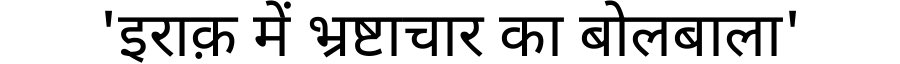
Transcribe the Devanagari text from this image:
'इराक़ में भ्रष्टाचार का बोलबाला'